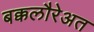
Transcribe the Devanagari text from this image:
बक्कलौरेअत